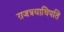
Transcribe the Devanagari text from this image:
राजत्रयाधिपति